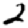
Digit: 2